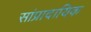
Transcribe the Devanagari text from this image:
सांप्रादायिक